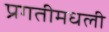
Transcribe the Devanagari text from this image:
प्रगतीमधली